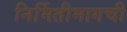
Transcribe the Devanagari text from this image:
निर्मितीमागची